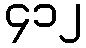
၄၁၂